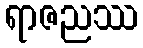
ရာဇညဿ